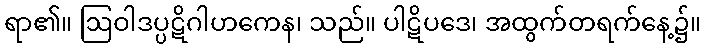
ရာ၏။ ဩဝါဒပ္ပဋိဂါဟကေန၊ သည်။ ပါဋိပဒေ၊ အထွက်တရက်နေ့၌။